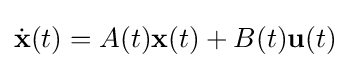
{\dot {\mathbf {x} }}(t)=A(t)\mathbf {x} (t)+B(t)\mathbf {u} (t)